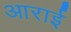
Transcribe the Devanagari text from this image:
आराई